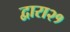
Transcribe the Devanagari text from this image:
द्वारा२१